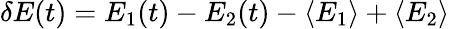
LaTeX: \delta E(t)=E_{1}(t)-E_{2}(t)-\langle E_{1}\rangle+\langle E_{2}\rangle